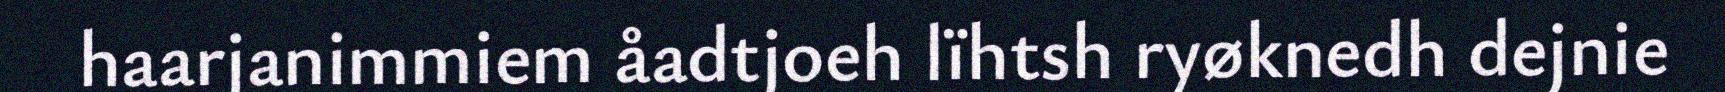
haarjanimmiem åadtjoeh lïhtsh ryøknedh dejnie